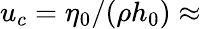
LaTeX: u_{c}=\eta_{0}/(\rho h_{0})\approx